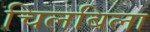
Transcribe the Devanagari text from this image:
चिलबिला